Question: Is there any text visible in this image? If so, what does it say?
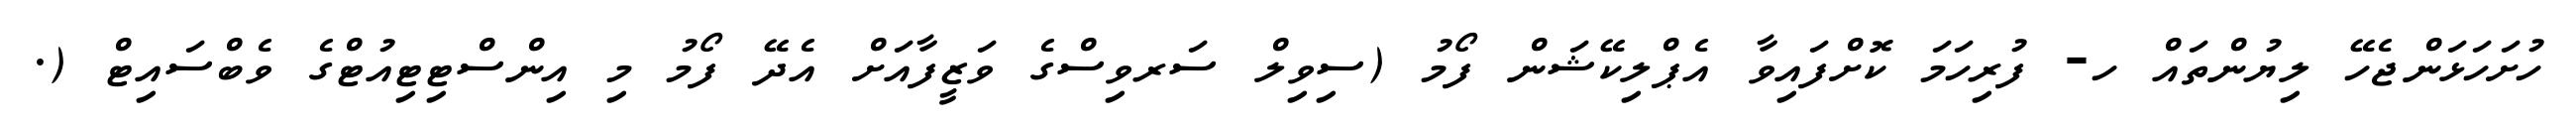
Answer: ހުށަހަޅަންޖެހޭ ލިޔުންތައް ހ- ފުރިހަމަ ކޮށްފައިވާ އެޕްލިކޭޝަން ފޯމު (ސިވިލް ސަރވިސްގެ ވަޒީފާއަށް އެދޭ ފޯމު މި އިންސްޓިޓިއުޓްގެ ވެބްސައިޓް (.